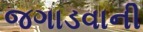
જગાડવાની